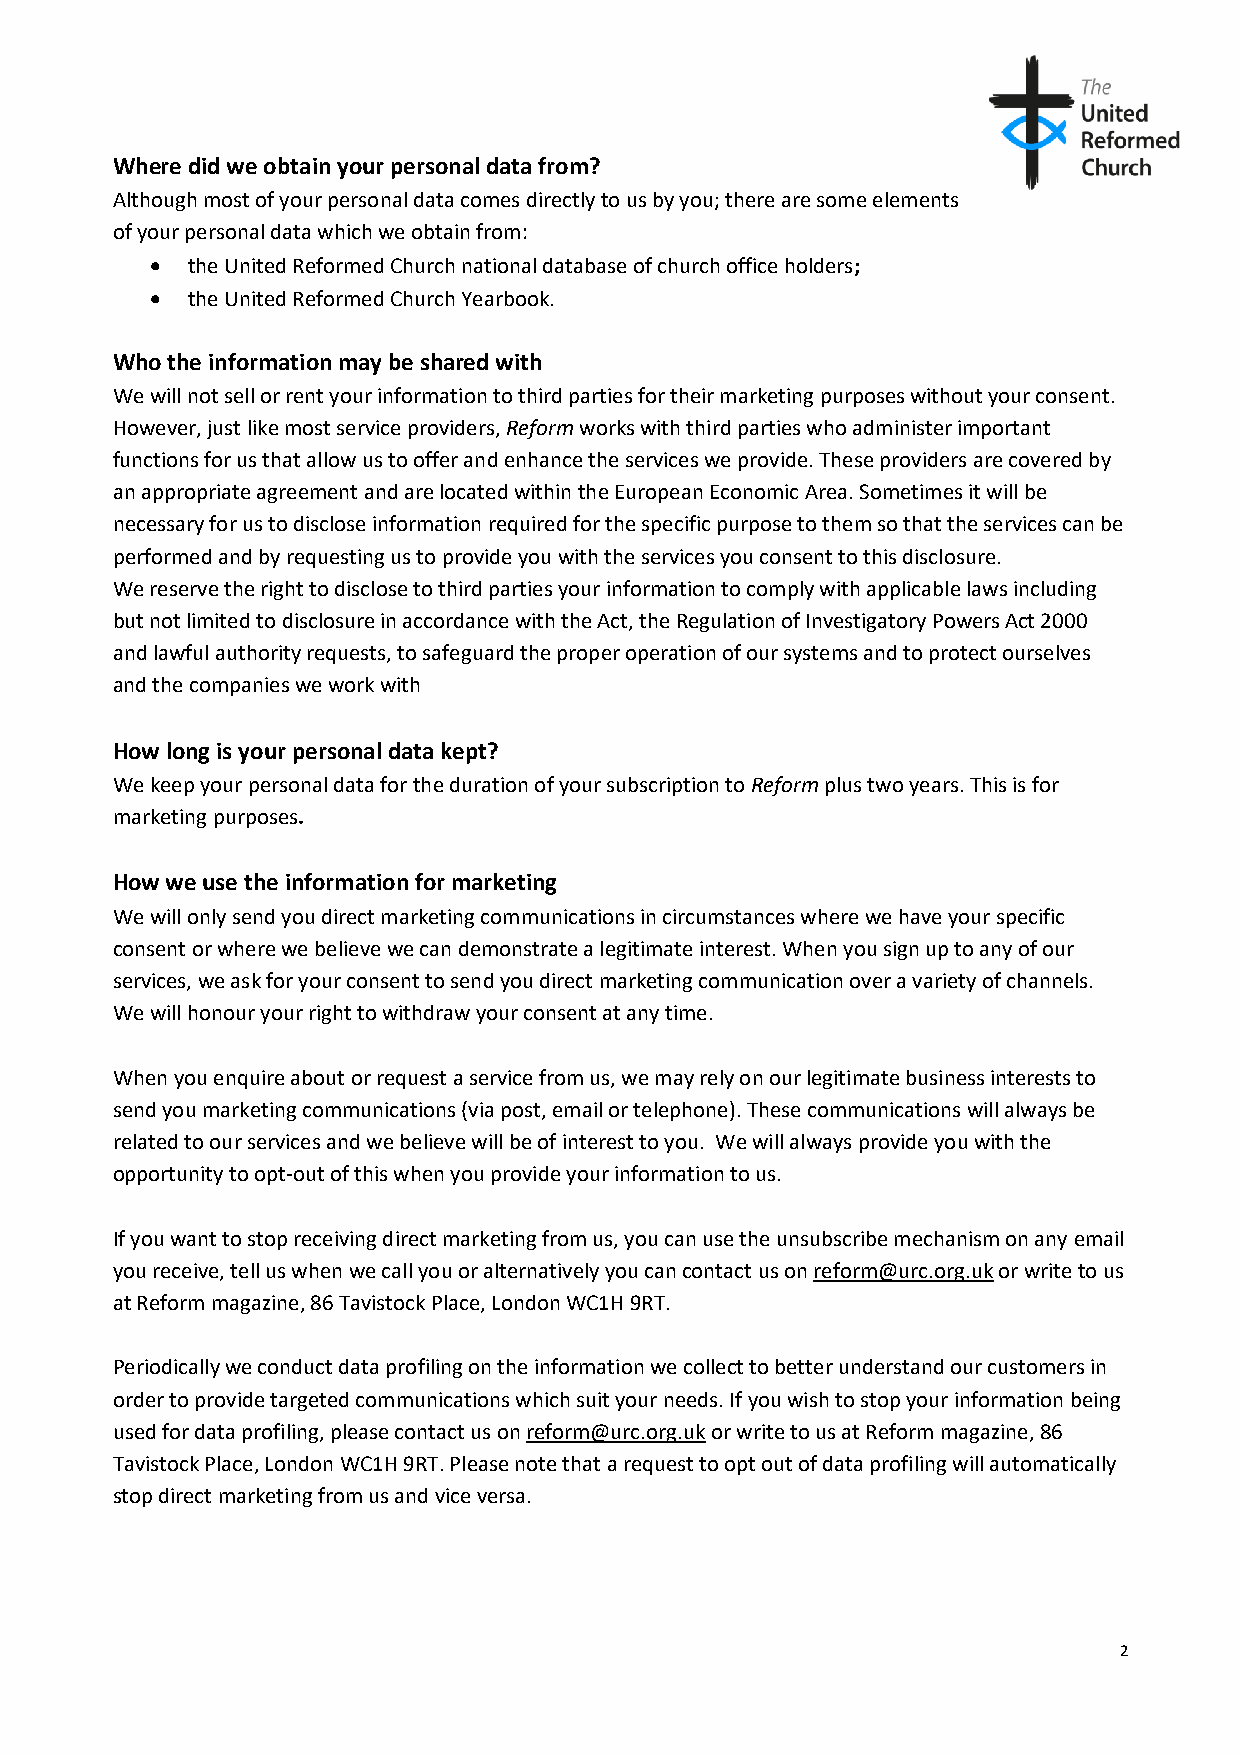
Where did we obtain your personal data from?
 Although most of your personal data comes directly to us by you; there are some elements
 of your personal data which we obtain from:
 • the United Reformed Church national database of church office holders;
 • the United Reformed Church Yearbook.
 Who the information may be shared with
 We will not sell or rent your information to third parties for their marketing purposes without your consent.
 However, just like most service providers, Reform works with third parties who administer important
 functions for us that allow us to offer and enhance the services we provide. These providers are covered by
 an appropriate agreement and are located within the European Economic Area. Sometimes it will be
 necessary for us to disclose information required for the specific purpose to them so that the services can be
 performed and by requesting us to provide you with the services you consent to this disclosure.
 We reserve the right to disclose to third parties your information to comply with applicable laws including
 but not limited to disclosure in accordance with the Act, the Regulation of Investigatory Powers Act 2000
 and lawful authority requests, to safeguard the proper operation of our systems and to protect ourselves
 and the companies we work with
 How long is your personal data kept?
 We keep your personal data for the duration of your subscription to Reform plus two years. This is for
 marketing purposes.
 How we use the information for marketing
 We will only send you direct marketing communications in circumstances where we have your specific
 consent or where we believe we can demonstrate a legitimate interest. When you sign up to any of our
 services, we ask for your consent to send you direct marketing communication over a variety of channels.
 We will honour your right to withdraw your consent at any time.
 When you enquire about or request a service from us, we may rely on our legitimate business interests to
 send you marketing communications (via post, email or telephone). These communications will always be
 related to our services and we believe will be of interest to you. We will always provide you with the
 opportunity to opt-out of this when you provide your information to us.
 If you want to stop receiving direct marketing from us, you can use the unsubscribe mechanism on any email
 you receive, tell us when we call you or alternatively you can contact us on reform@urc.org.uk or write to us
 at Reform magazine, 86 Tavistock Place, London WC1H 9RT.
 Periodically we conduct data profiling on the information we collect to better understand our customers in
 order to provide targeted communications which suit your needs. If you wish to stop your information being
 used for data profiling, please contact us on reform@urc.org.uk or write to us at Reform magazine, 86
 Tavistock Place, London WC1H 9RT. Please note that a request to opt out of data profiling will automatically
 stop direct marketing from us and vice versa.
 2